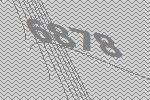
6878